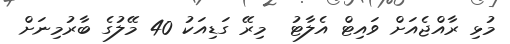
މުޅި ރާއްޖެއަށް ވައިޓް އެލާޓު  މިރޭ ގަޑިއަކު 40 މޭލުގެ ބާރުމިނަށް